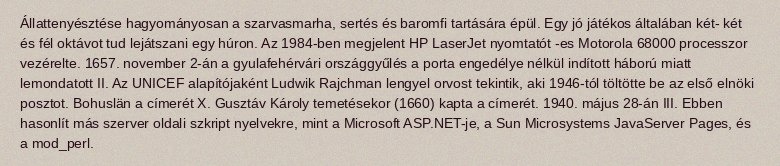
Állattenyésztése hagyományosan a szarvasmarha, sertés és baromfi tartására épül. Egy jó játékos általában két- két és fél oktávot tud lejátszani egy húron. Az 1984-ben megjelent HP LaserJet nyomtatót -es Motorola 68000 processzor vezérelte. 1657. november 2-án a gyulafehérvári országgyűlés a porta engedélye nélkül indított háború miatt lemondatott II. Az UNICEF alapítójaként Ludwik Rajchman lengyel orvost tekintik, aki 1946-tól töltötte be az első elnöki posztot. Bohuslän a címerét X. Gusztáv Károly temetésekor (1660) kapta a címerét. 1940. május 28-án III. Ebben hasonlít más szerver oldali szkript nyelvekre, mint a Microsoft ASP.NET-je, a Sun Microsystems JavaServer Pages, és a mod_perl.